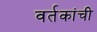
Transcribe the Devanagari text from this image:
वर्तकांची